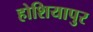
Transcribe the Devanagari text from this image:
होशियापुर